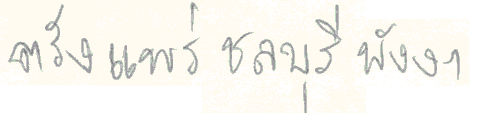
ตรังแพร่ชลบุรีพังงา